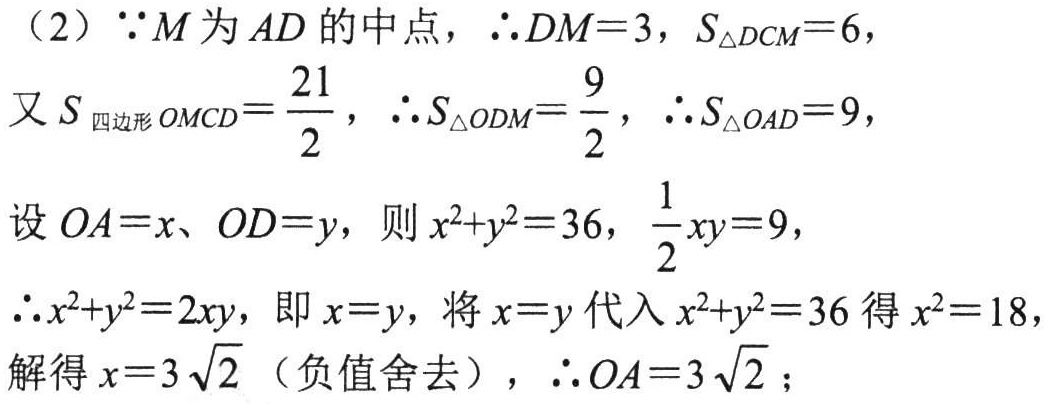
（2）\(\because M\)为\(AD\)的中点，\(\therefore DM = 3\)，\(S_{\triangle DCM}=6\)，
又\(S_{四边形OMCD}=\dfrac{21}{2}\)，\(\therefore S_{\triangle ODM}=\dfrac{9}{2}\)，\(\therefore S_{\triangle OAD}=9\)，
设\(OA = x\)、\(OD = y\)，则\(x^{2}+y^{2}=36\)，\(\dfrac{1}{2}xy = 9\)，
\(\therefore x^{2}+y^{2}=2xy\)，即\(x = y\)，将\(x = y\)代入\(x^{2}+y^{2}=36\)得\(x^{2}=18\)，
解得\(x = 3\sqrt{2}\)（负值舍去），\(\therefore OA = 3\sqrt{2}\)；